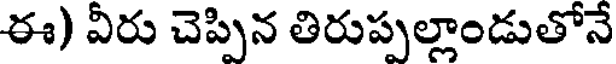
ఈ) వీరు చెప్పిన తిరుప్పల్లాండుతోనే